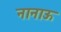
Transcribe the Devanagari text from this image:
नानाऊ